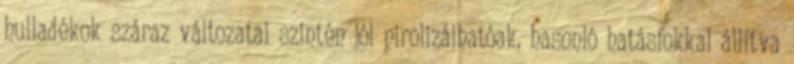
hulladékok száraz változatai szintén jól pirolizálhatóak, hasonló hatásfokkal állítva